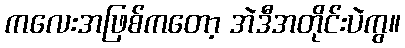
ကလေးအဖြစ်ကတော့ အဲဒီအတိုင်းပဲကွ။